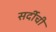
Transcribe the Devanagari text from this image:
सर्दीची